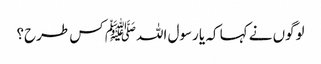
لوگوں نے کہا کہ یا رسول اللہﷺ کس طرح؟